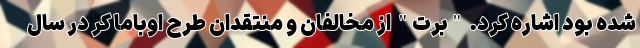
شده بود اشاره کرد. "برت" از مخالفان و منتقدان طرح اوباما کر در سال